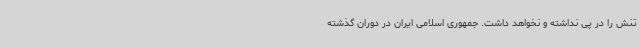
تنش را در پی نداشته و نخواهد داشت. جمهوری اسلامی ایران در دوران گذشته